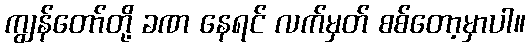
ကျွန်တော်တို့ ခဏ နေရင် လက်မှတ် စစ်တော့မှာပါ။